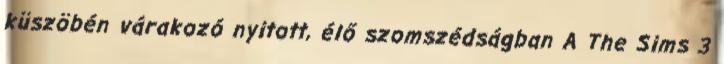
küszöbén várakozó nyitott, élő szomszédságban A The Sims 3